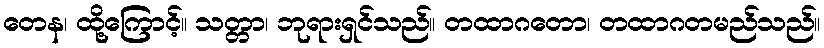
တေန၊ ထို့ကြောင့်။ သတ္တာ၊ ဘုရားရှင်သည်။ တထာဂတော၊ တထာဂတမည်သည်။